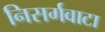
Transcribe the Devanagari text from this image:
निसर्गवाटा